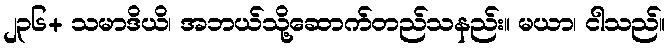
၂၃၆+ သမာဒိယိ၊ အဘယ်သို့ဆောက်တည်သနည်း။ မယာ၊ ငါသည်။